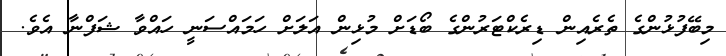
މިބޭފުޅުންގެ ތެރެއިން ޑިރެކްޓަރުންގެ ބޯޑަށް މުޅިން އަލަށް ހަމައްސަނީ ހައްވާ ޝަފްނާ އެވެ.